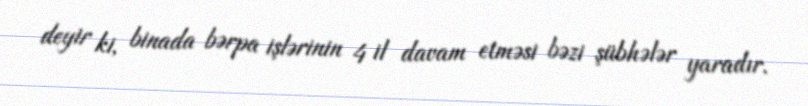
deyir ki, binada bərpa işlərinin 4 il davam etməsi bəzi şübhələr yaradır.